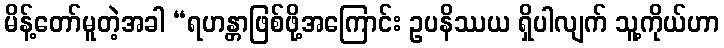
မိန့်တော်မူတဲ့အခါ “ရဟန္တာဖြစ်ဖို့အကြောင်း ဥပနိဿယ ရှိပါလျက် သူ့ကိုယ်ဟာ